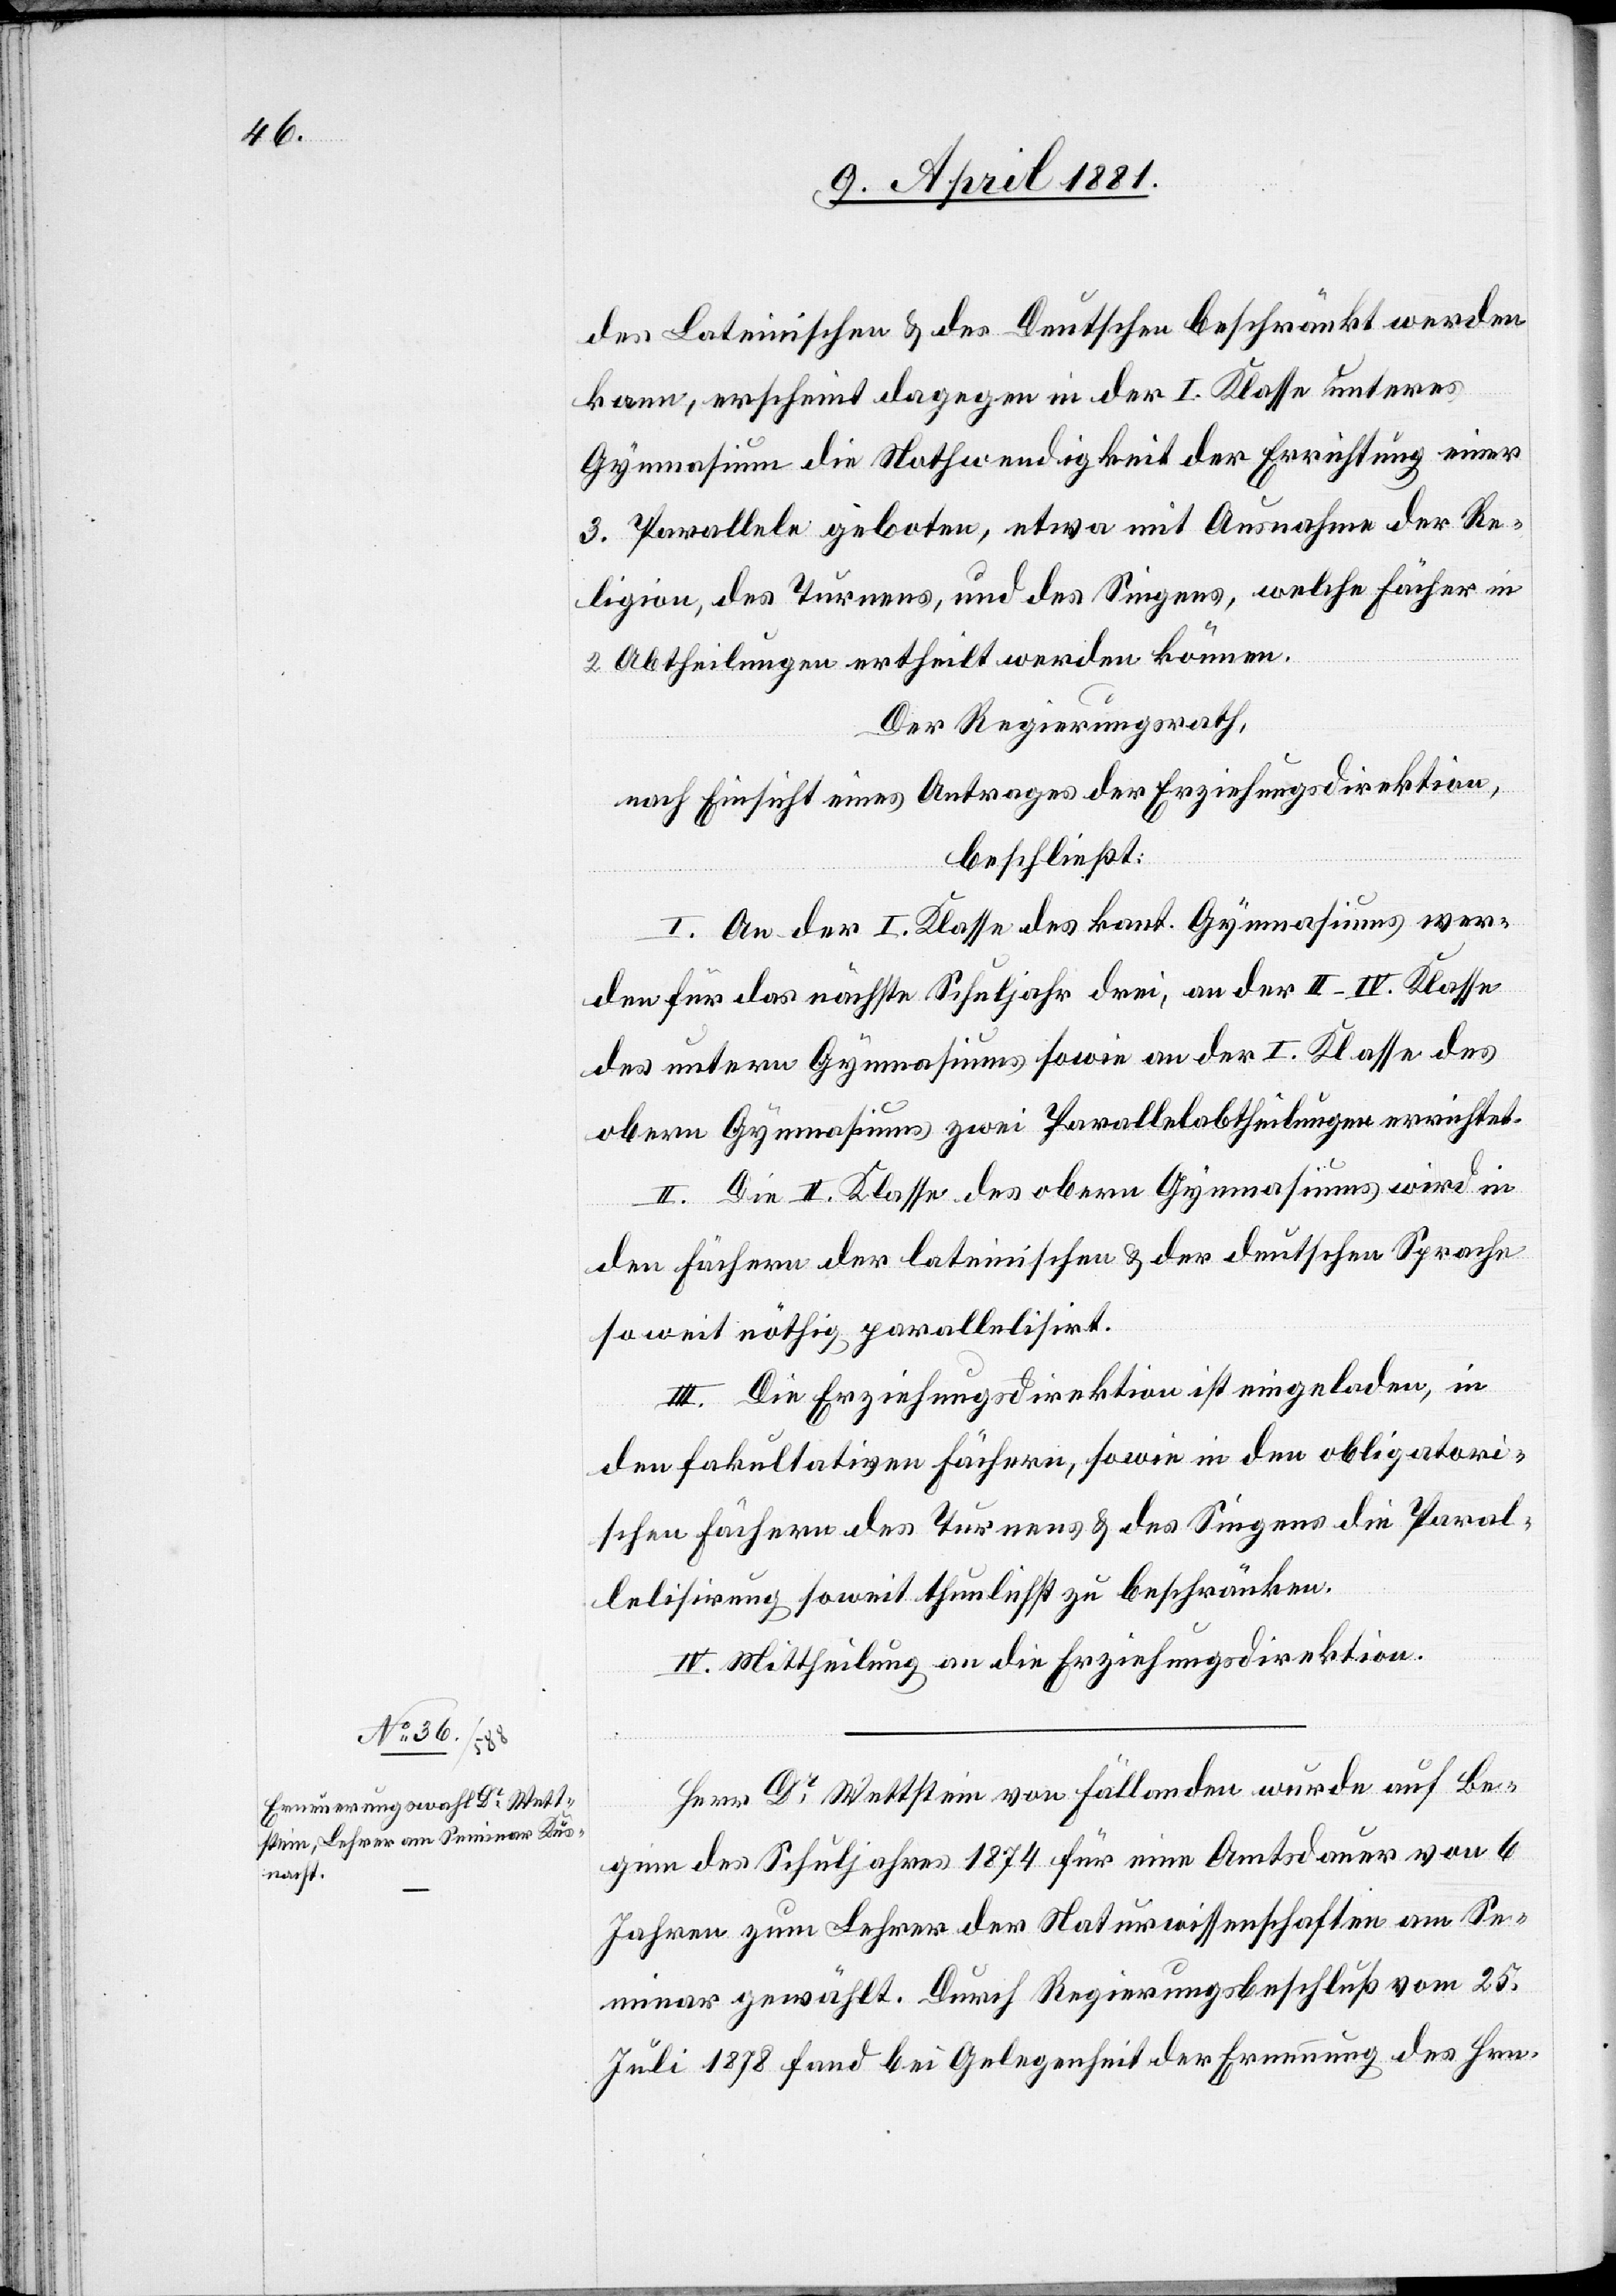
des Lateinischen & des Deutschen beschränkt werden
kann, erscheint dagegen in der I. Klasse unteres
Gymnasium die Nothwendigkeit der Errichtung einer
3. Parallele geboten, etwa mit Ausnahme der Re¬
ligion, des Turnens, und des Singens, welche Fächer in
2 Abtheilungen ertheilt werden können.
Der Regierungsrath,
nach Einsicht eines Antrages der Erziehungsdirektion,
beschließt:
I. An der I. Klasse des kant. Gymnasiums wer¬
den für das nächste Schuljahr drei, an der II–IV. Klasse
des untern Gymnasiums sowie an der I. Klasse des
obern Gymnasiums zwei Parallelabtheilungen errichtet.
II. Die II. Klasse des obern Gymnasiums wird in
den Fächern der lateinischen & der deutschen Sprache
soweit nöthig parallelisirt.
III. Die Erziehungsdirektion ist eingeladen, in
den fakultativen Fächern, sowie in den obligatori¬
schen Fächern des Turnens & des Singens die Paral¬
lelisirung soweit thunlichst zu beschränken.
IV. Mittheilung an die Erziehungsdirektion.
Herr Dr Wettstein von Fällanden wurde auf Be¬
ginn des Schuljahres 1874 für eine Amtsdauer von 6
Jahren zum Lehrer der Naturwissenschaften am Se¬
minar gewählt. Durch Regierungsbeschluß vom 25.
Juli 1878 fand bei Gelegenheit der Ernennung des Hrn